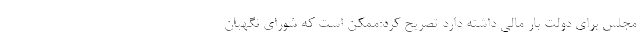
مجلس برای دولت بار مالی داشته دارد تصریح کرد:ممکن است که شورای نگهبان